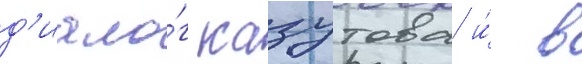
д'иало́г казутова и́ в